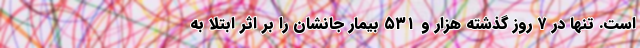
است. تنها در ۷ روز گذشته هزار و ۵۳۱ بیمار جانشان را بر اثر ابتلا به